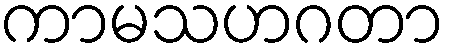
ကာမသဟဂတာ